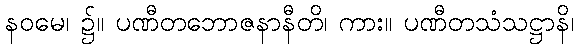
နဝမေ၊ ၌။ ပဏီတဘောဇနာနီတိ၊ ကား။ ပဏီတသံသဋ္ဌာနိ၊